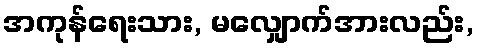
အကုန်ရေးသား, မလျှောက်အားလည်း,